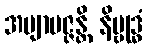
အဗျာပဇ္ဇန္တိ နိဗ္ဗုဒ္ဓံ